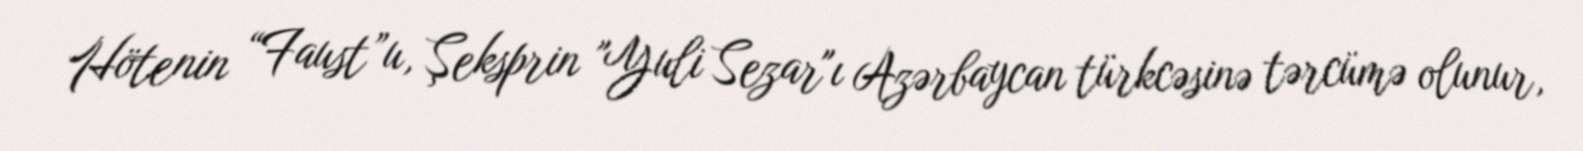
Hötenin “Faust”u, Şeksprin "Yuli Sezar"ı Azərbaycan türkcəsinə tərcümə olunur,